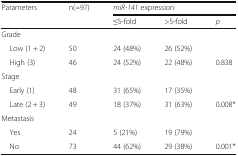
| <ROWSPAN=2> Parameters | <ROWSPAN=2> n(=97) | <COLSPAN=3> miR-141 expression |
 | ≤5-fold | >5-fold | p |
 | --- | --- | --- | --- | --- |
 | <COLSPAN=5> Grade |
 | Low (1 + 2) | 50 | 24 (48%) | 26 (52%) |  |
 | High (3) | 46 | 24 (52%) | 22 (48%) | 0.838 |
 | <COLSPAN=5> Stage |
 | Early (1) | 48 | 31 (65%) | 17 (35%) |  |
 | Late (2 + 3) | 49 | 18 (37%) | 31 (63%) | 0.008* |
 | <COLSPAN=5> Metastasis |
 | Yes | 24 | 5 (21%) | 19 (79%) |  |
 | No | 73 | 44 (62%) | 29 (38%) | 0.001* |